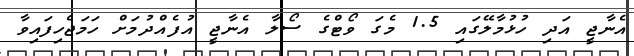
އެނާޖީ އަދި ހުޅުމާލޭގައި 1.5 މެގަ ވޯޓްގެ ސޯލާ އެނާޖީ އުފެއްދުމަށް ހަމަޖެހިފައިވާ